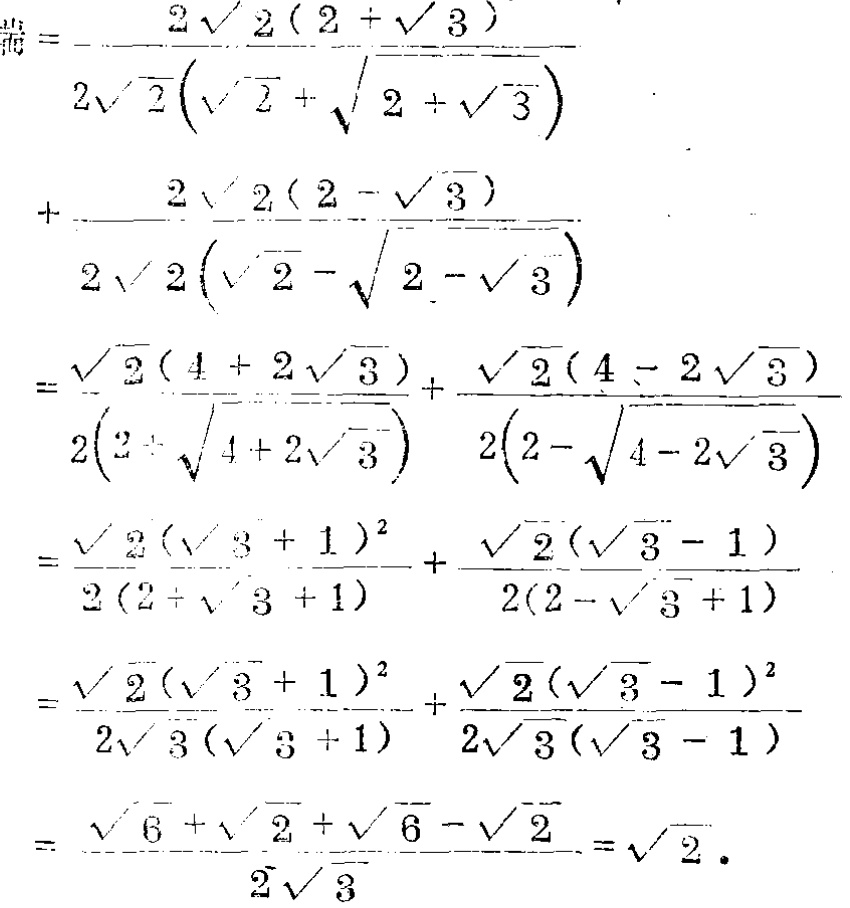
\[

\begin{align*}

&=-\frac{2\sqrt{2}(2 + \sqrt{3})}{2\sqrt{2}(\sqrt{2}+\sqrt{2 + \sqrt{3}})}+\frac{2\sqrt{2}(2 - \sqrt{3})}{2\sqrt{2}(\sqrt{2}-\sqrt{2 - \sqrt{3}})}\\

&=\frac{\sqrt{2}(4 + 2\sqrt{3})}{2(2+\sqrt{4 + 2\sqrt{3}})}+\frac{\sqrt{2}(4 - 2\sqrt{3})}{2(2-\sqrt{4 - 2\sqrt{3}})}\\

&=\frac{\sqrt{2}(\sqrt{3} + 1)^2}{2(2+\sqrt{3} + 1)}+\frac{\sqrt{2}(\sqrt{3} - 1)}{2(2-\sqrt{3} + 1)}\\

&=\frac{\sqrt{2}(\sqrt{3} + 1)^2}{2\sqrt{3}(\sqrt{3} + 1)}+\frac{\sqrt{2}(\sqrt{3} - 1)^2}{2\sqrt{3}(\sqrt{3} - 1)}\\

&=\frac{\sqrt{6}+\sqrt{2}+\sqrt{6}-\sqrt{2}}{2\sqrt{3}}=\sqrt{2}

\end{align*}

\]